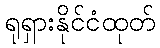
ရုရှားနိုင်ငံထုတ်